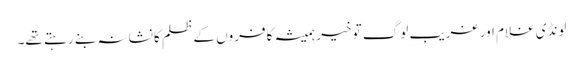
لونڈی غلام اور غریب لوگ تو خیر ہمیشہ کافروں کے ظلم کا نشانہ بنے رہتے تھے۔